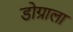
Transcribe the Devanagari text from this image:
डोग्राला